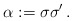
\begin{align*}\alpha := \sigma \sigma^\prime \,.\end{align*}